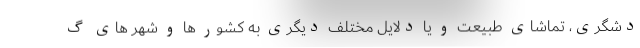
دشگری، تماشای طبیعت و یا دلایل مختلف دیگری به کشور ها و شهر های گ